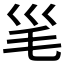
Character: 𣬡